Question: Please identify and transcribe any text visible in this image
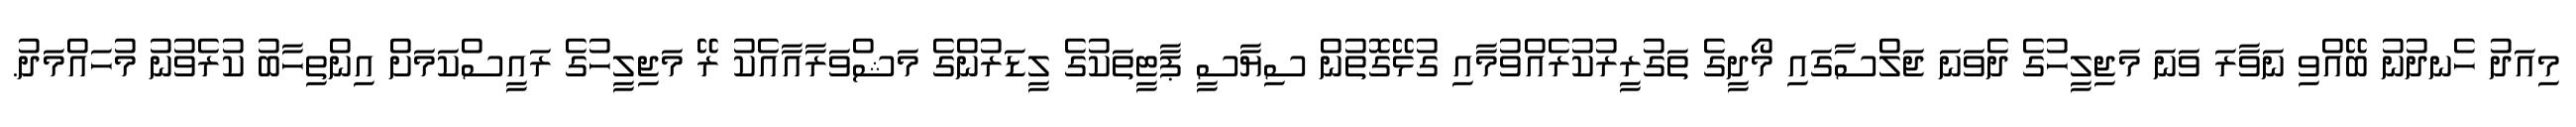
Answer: މިއަދު ހެނދުނު ބޭއްވި ނަވާރަ ވަނަ މަޖިލީހުގެ ދެވަނަ ޖަލްސާގައި މޯދީގެ ތަގުރީރުކުރެއްވުމާއި ގުޅޭގޮތުން ސިޔާސީ ޕާޓީތަކުގެ ލީޑަރުންގެ މަޝްވަރާއާއެކު ރޭ މަޖިލީހުގެ ރައީސްކަމަށް އިންތިހާބު ކުރެވުނު މުހައްމަދު.